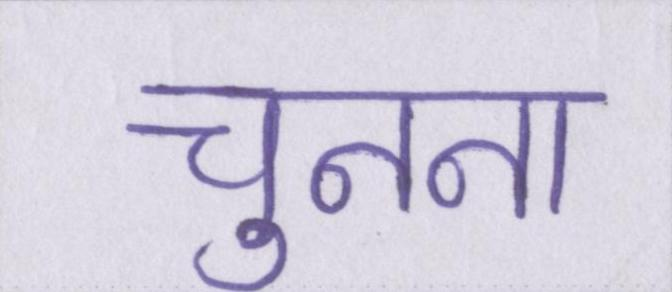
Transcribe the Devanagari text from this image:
चुनना